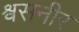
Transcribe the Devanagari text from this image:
श्वसनीर